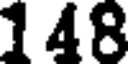
148